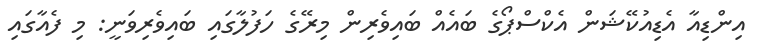
އިންޑިއާ އެޑިއުކޭޝަން އެކްސްޕޯގެ ބައެއް ބައިވެރިން މިރޭގެ ހަފުލާގައި ބައިވެރިވަނީ: މި ފެއާގައި